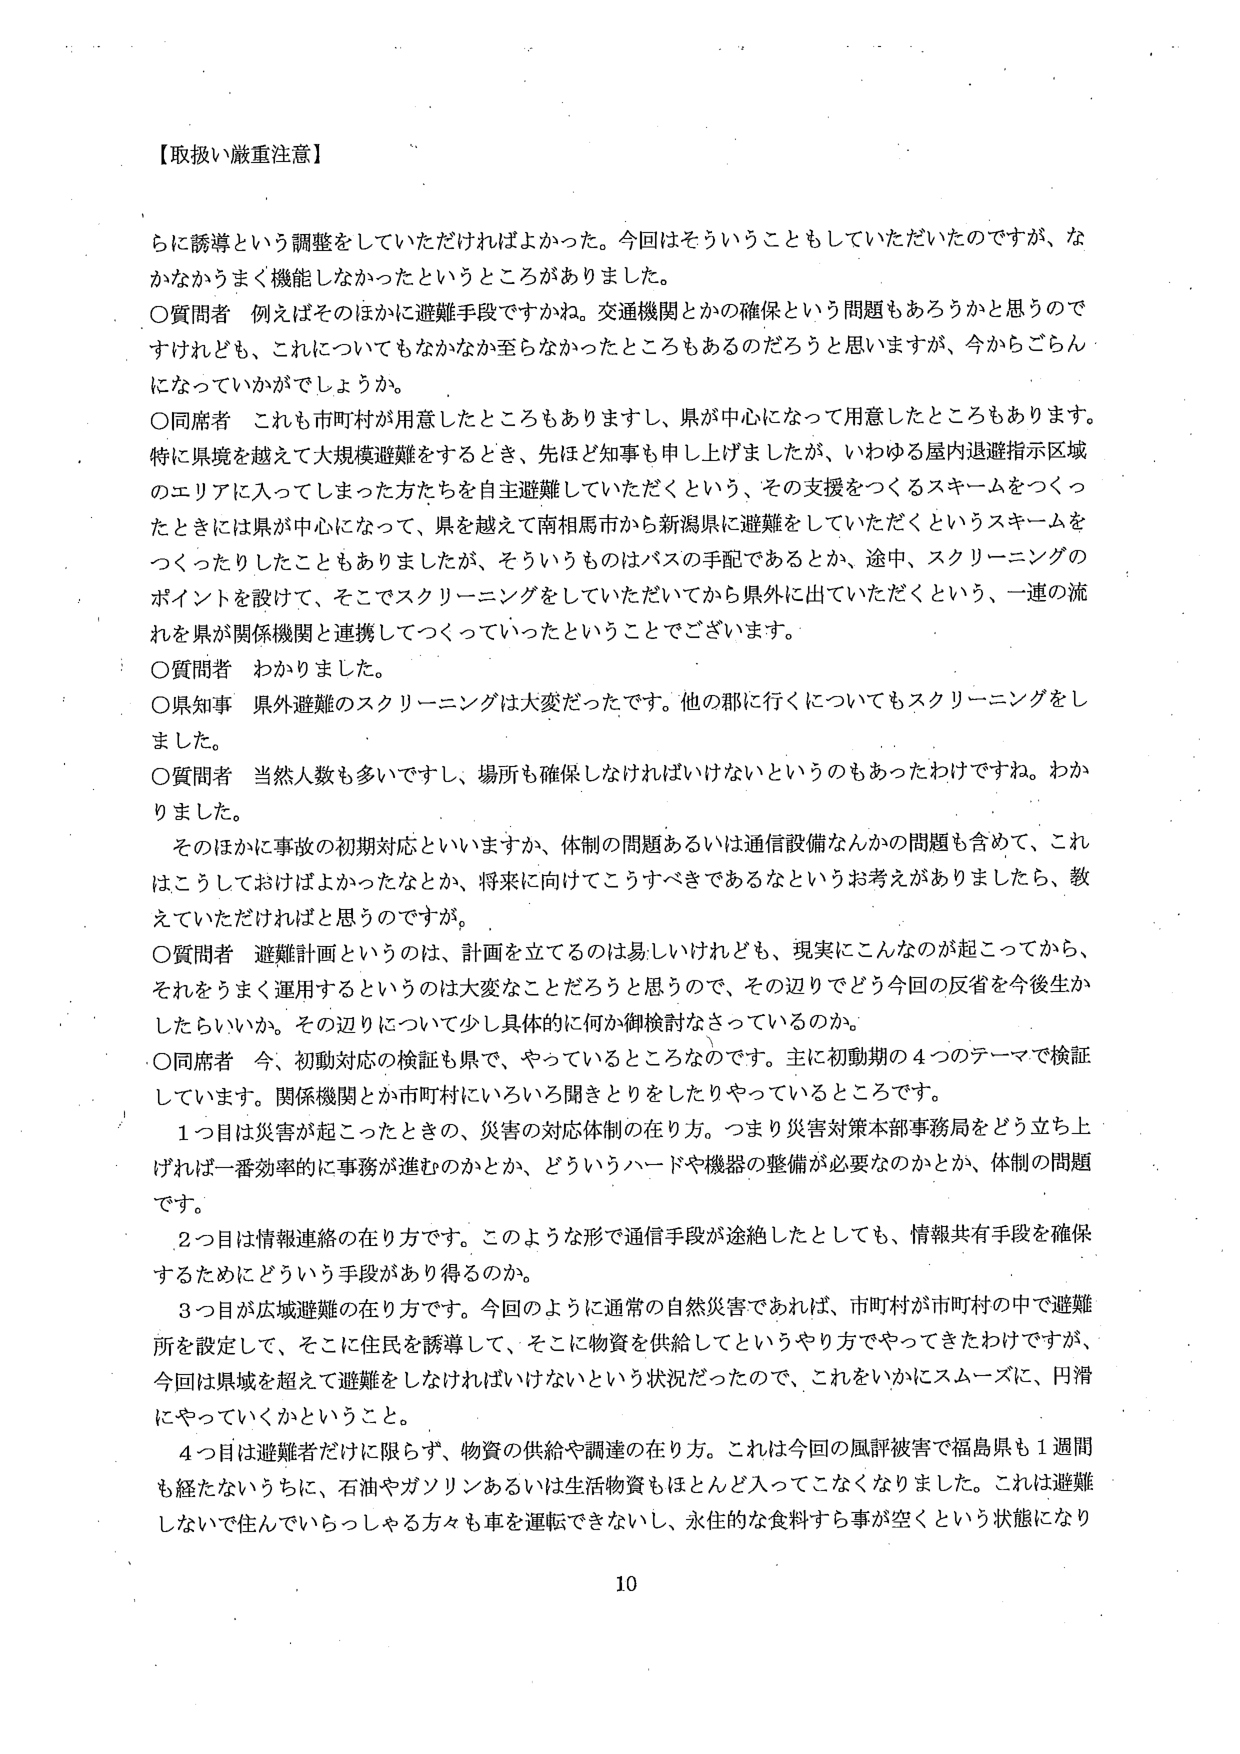
【取扱い厳重注意】

らに誘導という調整をしていただければよかった。今回はそういうこともしていただいたのですが、なかなかうまく機能しなかったというところがありました。

〇質問者　例えばそのほかに避難手段ですかね。交通機関とかの確保という問題もあろうかと思うのですけれども、これについてもなかなか至らなかったところもあるのだろうと思いますが、今からごらんになっていかがでしょうか。

〇同席者　これも市町村が用意したところもありますし、県が中心になって用意したところもあります。特に県境を越えて大規模避難をするとき、先ほど知事も申し上げましたが、いわゆる屋内退避指示区域のエリアに入ってしまった方たちを自主避難していただくという、その支援をつくるスキームをつくったときには県が中心になって、県を越えて南相馬市から新潟県に避難をしていただくというスキームをつくったりしたこともありました。が、そういうものはバスの手配であるとか、途中、スクリーニングのポイントを設けて、そこでスクリーニングをしていただいてから県外に出ていただくという、一連の流れを県が関係機関と連携してつくっていったということでございます。

〇質問者　わかりました。

〇県知事　県外避難のスクリーニングは大変だったです。他の郡に行くについてもスクリーニングをしました。

〇質問者　当然人数も多いですし、場所も確保しなければいけないというのもあったわけですね。わかりました。

　そのほかに事故の初期対応といいますか、体制の問題あるいは通信設備なんかの問題も含めて、これはこうしておけばよかったなとか、将来に向けてこうすべきであるなというお考えがありましたら、教えていただければと思うのですが。

〇質問者　避難計画というのは、計画を立てるのは易しいけれども、現実にこんなのが起こってから、それをうまく運用するというのは大変なことだろうと思うので、その辺りでどう今回の反省を今後生かしたらいいか。その辺りについて少し具体的に何か御検討はさっているのか。

〇同席者　今、初期対応の検証も県で、やっているところなのです。主に初期期の４つのテーマで検証しています。関係機関とか市町村にいろいろ聞きとりをしたりやっているところです。

　１つ目は災害が起こったときの、災害の対応体制の在り方。つまり災害対策本部事務局をどう立ち上げれば一番効率的に事務が進むのかとか、どういうハードや機器の整備が必要なのかとか、体制の問題です。

　２つ目は情報連絡の在り方です。このような形で通信手段が途絶したとしても、情報共有手段を確保するためにどういう手段があり得るのか。

　３つ目が広域避難の在り方です。今回のように通常の自然災害であれば、市町村が市町村の中で避難所を設定して、そこに住民を誘導して、そこに物資を供給してというやり方でやってきたわけですが、今回は県境を超えて避難をしなければいけないという状況だったので、これをいかにスムーズに、円滑にやっていくかということ。

　４つ目は避難者だけに限らず、物資の供給や調達の在り方。これは今回の風評被害で福島県も１週間も経たないうちに、石油やガソリンあるいは生活物資もほとんど入ってこなくなりました。これは避難しないで住んでいらっしゃる方々も車を運転できないし、永住的な食料すら事が空くという状態になり

10